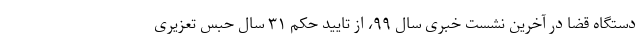
دستگاه قضا در آخرین نشست خبری سال ۹۹، از تایید حکم ۳۱ سال حبس تعزیری